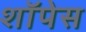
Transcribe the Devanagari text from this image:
शॉपेस